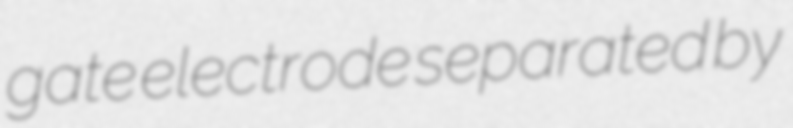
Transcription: gate electrode separated by